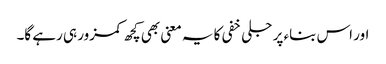
اور اس بناء پر جلی خفی کا یہ معنی بھی کچھ کمزور ہی رہے گا۔